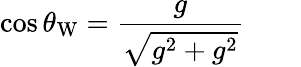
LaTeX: \cos\theta_{\mathrm{W}}={\frac{g}{\sqrt{g^{2}+g^{2}}}}\qquad